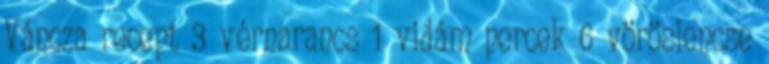
Váncza recept 3 vérnarancs 1 vidám percek 6 vöröslencse